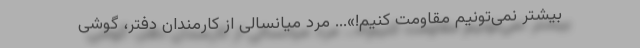
بیشتر نمی‌تونیم مقاومت کنیم!»... مرد میانسالی از کارمندان دفتر، گوشی